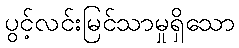
ပွင့်လင်းမြင်သာမှုရှိသော